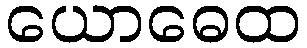
ယောဓေထ